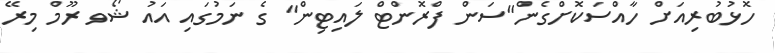
ހޮޅުބުރިއަށް ހާއްސަކޮށްގެން"ސަން ފްރޮންޓް ލައިޓިން" ގެ ނަމުގައި އައު ޝޯވ ރޫމް މިރޭ